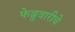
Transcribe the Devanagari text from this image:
फेब्रुवारीचे